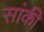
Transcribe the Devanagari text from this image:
सांकी